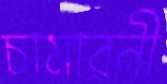
চামারনী